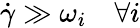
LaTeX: \dot{\gamma}\gg\omega_{i}\quad\forall i